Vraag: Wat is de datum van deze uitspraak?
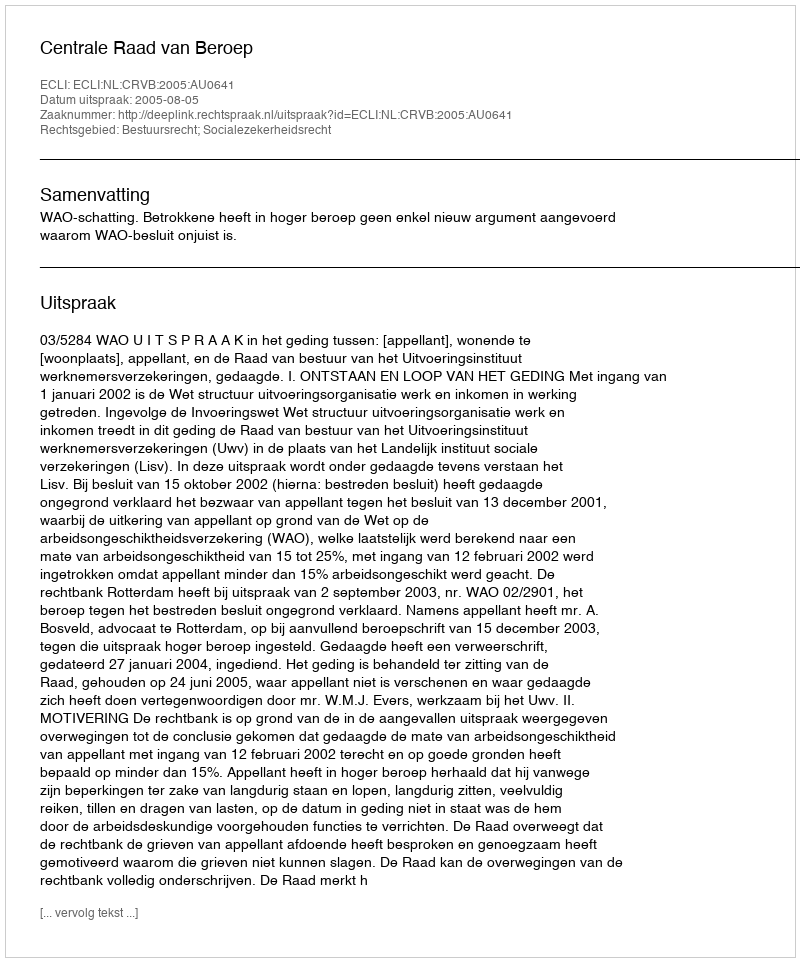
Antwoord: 2005-08-05